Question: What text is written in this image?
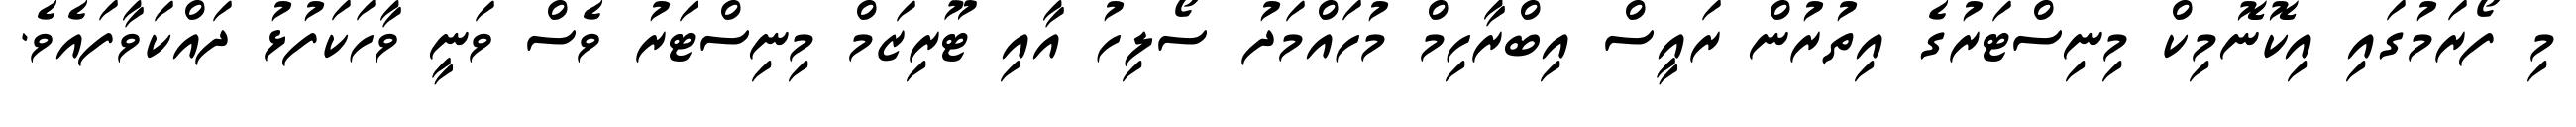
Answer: މި ފޯރަމުގައި އިކޮނޮމިކް މިނިސްޓަރުގެ އިތުރުން ރައީސް އިބްރާހިމް މުހައްމަދު ސޯލިހު އާއި ޓޫރިޒަމް މިނިސްޓަރު ވެސް ވަނީ ވާހަކަފުޅު ދައްކަވާފައެވެ.